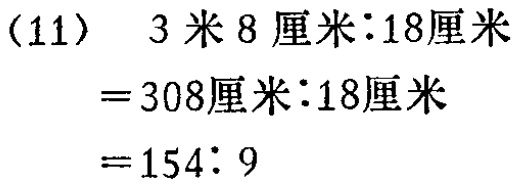
\[(11)\quad 3\text{米}8\text{厘米}:18\text{厘米}\\

=308\text{厘米}:18\text{厘米}\\

=154:9\]